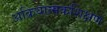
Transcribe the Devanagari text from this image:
अक्रियात्मकशिक्षण